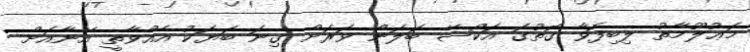
މަޢުލޫމާތު ލިބިފަވާ ގޮތުގަ އަކްޝޭ ބަލަން ވަރަށް ގިނަ ބަޔަކު އެއްވާތީ އޭނާއަށް